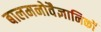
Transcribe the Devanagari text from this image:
बालमनोवैज्ञानिकों